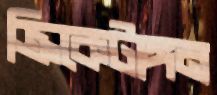
ক্রিকেটাঙ্গন